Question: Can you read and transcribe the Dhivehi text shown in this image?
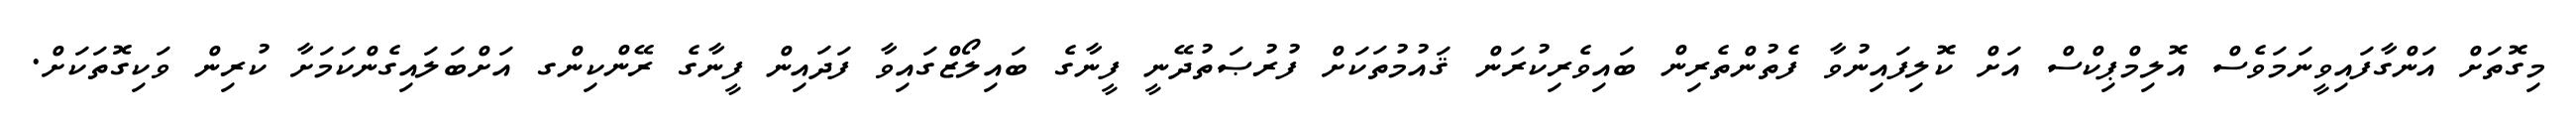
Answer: މިގޮތަށް އަންގާފައިވީނަމަވެސް އޮލިމްޕިކްސް އަށް ކޮލިފައިނުވާ ފެތުންތެރިން ބައިވެރިކުރަން ޤައުމުތަކަށް ފުރުޞަތުދޭނީ ފީނާގެ ބައިލޯޒްގައިވާ ފަދައިން ފީނާގެ ރޭންކިންގ އަށްބަލައިގެންކަމަށާ ކުރިން ވަކިގޮތަކަށް.